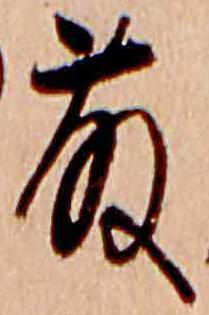
藤